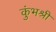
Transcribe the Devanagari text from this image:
कुंभश्री